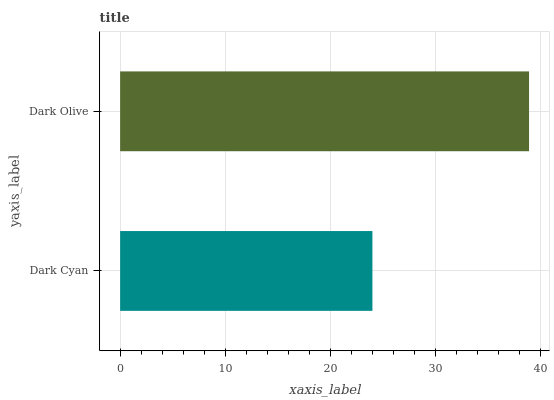
| yaxis_label | bars |
 | --- | --- |
 | Dark Cyan | 24 |
 | Dark Olive | 38.9 |